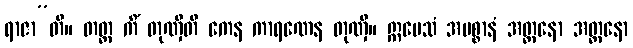
ရာဇာ”တိ။ တတ္ထ ကိံ တုဏှီတိ ကေန ကာရဏေန တုဏှီ။ ဣမေသံ အမစ္စာနံ အတ္တနော အတ္တနော